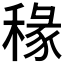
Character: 𫀿